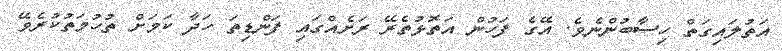
އަތުލައިގަތް ހިސާބުންނެވެ. އޭގެ ފަހުން އަތޮޅުތެރޭ ރަށެއްގައި ފަންޑިތަ ހަދާ ކަމަށް ތުހުމަތުކުރެވޭ